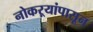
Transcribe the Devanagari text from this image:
नोकऱ्यांपासून